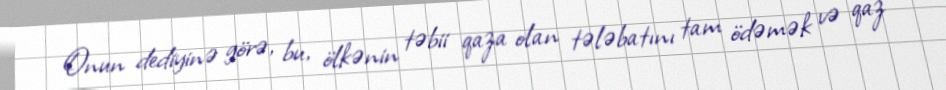
Onun dediyinə görə, bu, ölkənin təbii qaza olan tələbatını tam ödəmək və qaz